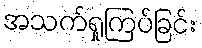
အသက်ရှုကြပ်ခြင်း